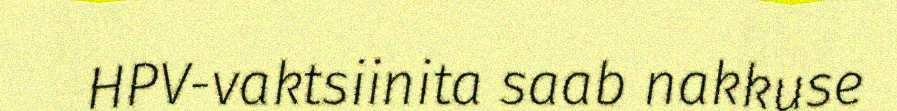
HPV-vaktsiinita saab nakkuse